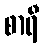
စာရီ